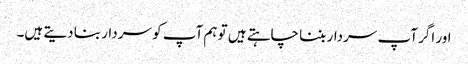
اور اگر آپ سردار بننا چاہتے ہیں تو ہم آپ کو سردار بنا دیتے ہیں۔